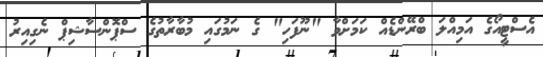
އެސްޓީއޯގެ އަމިއްލަ ބްރޭންޑެއް ކަމަށްވާ "ނޫފަހި" ގެ ނަމުގައި މުބާރާތުގެ ސްޕޮންސާޝިޕް ނެގިއިރު